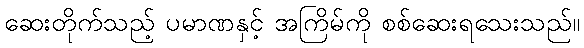
ဆေးတိုက်သည့် ပမာဏနှင့် အကြိမ်ကို စစ်ဆေးရသေးသည်။